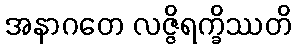
အနာဂတေ လဇ္ဇိရက္ခိဿတိ